Report on the bubonic plague in Bombay, 1896-1897
Year: 1896
Disease focus: Plague
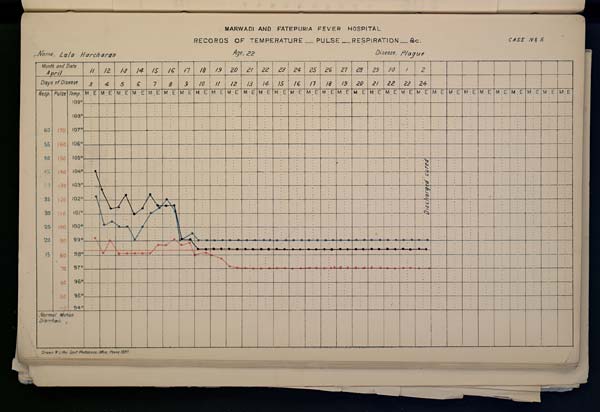
MARWADI
AND
FATEPURIA
FEVER
HOSPITAL
RECORDS OF TEMPERATURE __ PULSE __ RESPIRATION __ &c. No. 5
Name,
Lala
Harcharan
Age,
22
Disease,
Plague
Drawn & Litho: Govt. Photozinco: Office, Poona 1897.